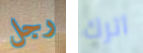
رجل اترك